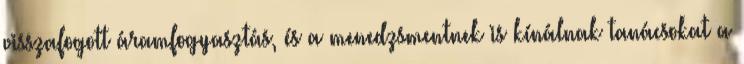
visszafogott áramfogyasztás, és a menedzsmentnek is kínálnak tanácsokat a